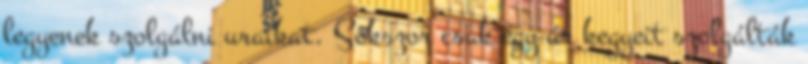
legyenek szolgálni uraikat. Sokszor csak egy úr kegyeit szolgálták